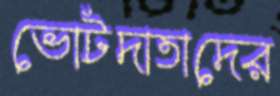
ভোটদাতাদের